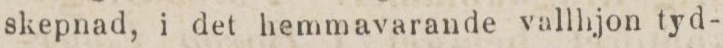
skepnad, i det hemmavarande vallhjon tyd-